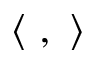
\langle ~ , ~ \rangle